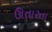
ઊતારતા